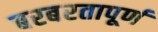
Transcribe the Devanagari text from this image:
बरबरतापूर्ण